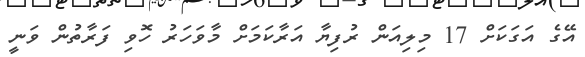
އޭގެ އަގަކަށް 17 މިލިއަން ރުފިޔާ އަރާކަމަށް މާވަހަރު ހޮވި ފަރާތުން ވަނީ